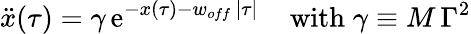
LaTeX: \ddot{x}(\tau)=\gamma\, \mathrm{e}^{-x(\tau)-w_{off}\, |\tau|}\; \; \; \; \mathrm{with}\; \gamma\equiv M\, \Gamma^{2}